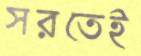
সরতেই